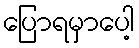
ပြောရမှာပေါ့